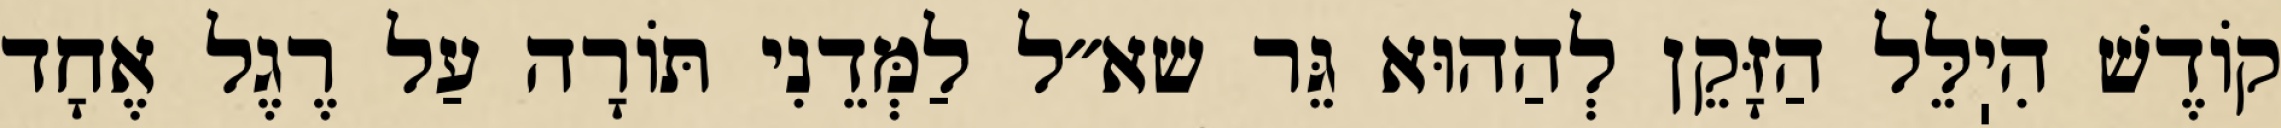
קוֹדֶשׁ הִיֽלֵּל הַזָּקֵן לְהַהוּא גֵּר שא״ל לַמְּדֵנִי תּוֹרָה עַל רֶגֶל אֶחָד